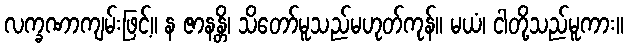
လက္ခဏာကျမ်းဖြင့်။ န ဇာနန္တိ၊ သိတော်မူသည်မဟုတ်ကုန်။ မယံ၊ ငါတို့သည်မူကား။